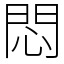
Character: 悶